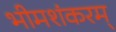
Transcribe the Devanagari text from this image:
भीमशंकरम्